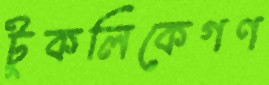
টুকলিকেগণ